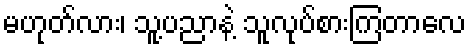
မဟုတ်လား၊ သူ့ပညာနဲ့ သူလုပ်စားကြတာလေ